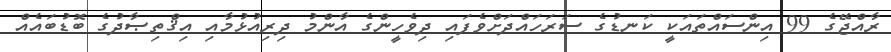
ރާއްޖޭގެ 99 އިންސައްތައަކީ ކަނޑުގެ ސަރަހައްދަށްވެފައި ދިވެހީންގެ އާންމު ދިރިއުޅުމާއި އިޤްތިޞާދުގެ ބޮޑުބައެއް